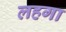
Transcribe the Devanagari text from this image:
लहगा